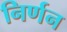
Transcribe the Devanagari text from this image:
निर्णन